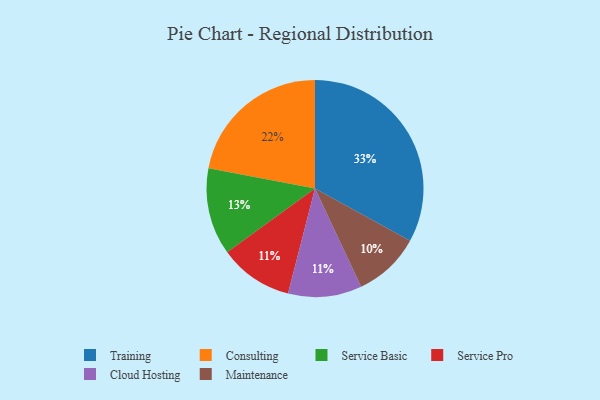
{"axis": {"x": "Category", "y": "Percentage"}, "legend": ["Cloud Hosting", "Consulting", "Maintenance", "Service Basic", "Service Pro", "Training"], "data": [{"x": "Service Pro", "y": 11, "type": "Service Pro"}, {"x": "Cloud Hosting", "y": 11, "type": "Cloud Hosting"}, {"x": "Maintenance", "y": 10, "type": "Maintenance"}, {"x": "Service Basic", "y": 13, "type": "Service Basic"}, {"x": "Training", "y": 33, "type": "Training"}, {"x": "Consulting", "y": 22, "type": "Consulting"}]}